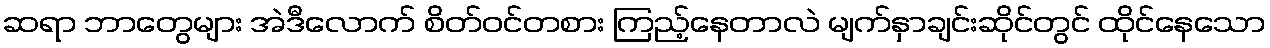
ဆရာ ဘာတွေများ အဲဒီလောက် စိတ်ဝင်တစား ကြည့်နေတာလဲ မျက်နှာချင်းဆိုင်တွင် ထိုင်နေသော